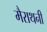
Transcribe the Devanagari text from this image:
मैराथनी